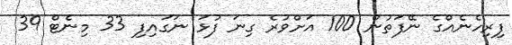
ފިރިހެނެއްގެ ނޭފަތުން 100 އަށްވުރެ ގިނަ ފުޅަ ނަގައިފި 33 މިނެޓް 39